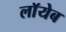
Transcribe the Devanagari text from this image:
लाॅयेब